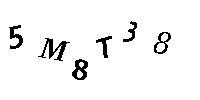
5M8T38